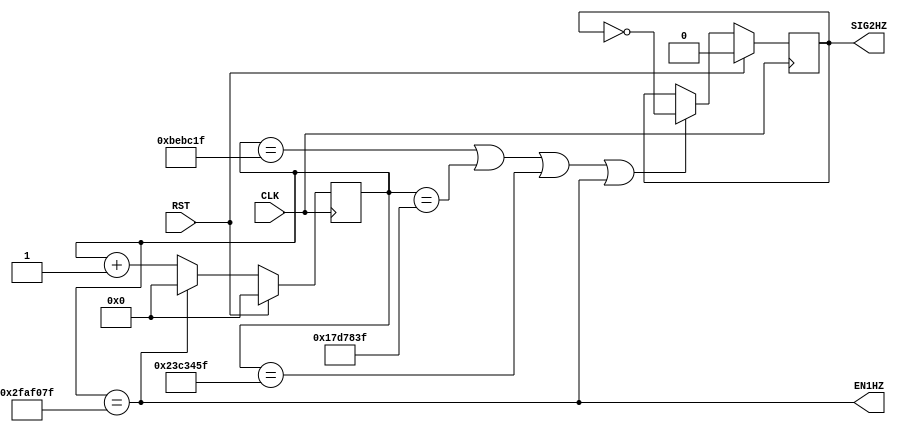
module CNT1SEC(
    input   CLK, RST,
    output  EN1HZ,
    output  reg SIG2HZ
);

/* 50MHz counter */
reg [25:0] cnt;

always @( posedge CLK )begin
    if (RST)
        cnt <= 26'b0;
    else if  (EN1HZ)
        cnt <= 26'b0;
    else
        cnt <= cnt + 1'b1;
end

/* 1Hzenable */
assign EN1HZ = (cnt==26'd49_999_999);

/* 2Hz 50% duty */
wire cnt37499999 = (cnt==26'd37_499_999);
wire cnt24999999 = (cnt==26'd24_999_999);
wire cnt12499999 = (cnt==26'd12_499_999);

always @(posedge CLK) begin
    if(RST)
        SIG2HZ <= 1'b0;
    else if ( cnt12499999 | cnt24999999 | cnt37499999 | EN1HZ )
        SIG2HZ <= ~SIG2HZ;
end

endmodule